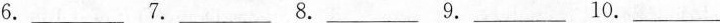
6. ___ 7. ___ 8. ___ 9. ___ 10. ___